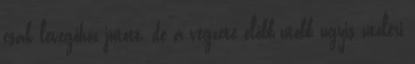
csak levegőhöz jutott, de a végzete előbb-utóbb úgyis utoléri